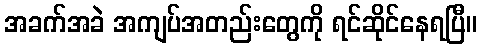
အခက်အခဲ အကျပ်အတည်းတွေကို ရင်ဆိုင်နေရပြီ။